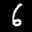
Label: 6